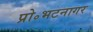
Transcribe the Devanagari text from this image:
प्रो॰भटनागर